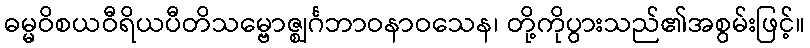
ဓမ္မဝိစယဝီရိယပီတိသမ္ဗောဇ္ဈင်္ဂဘာဝနာဝသေန၊ တို့ကိုပွားသည်၏အစွမ်းဖြင့်။